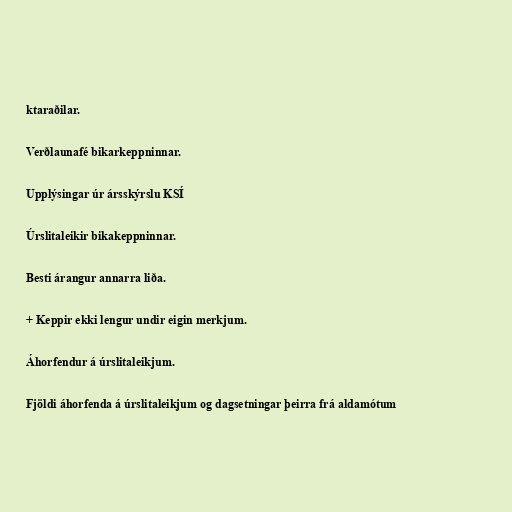
ktaraðilar.

Verðlaunafé bikarkeppninnar.

Upplýsingar úr ársskýrslu KSÍ

Úrslitaleikir bikakeppninnar.

Besti árangur annarra liða.

+ Keppir ekki lengur undir eigin merkjum.

Áhorfendur á úrslitaleikjum.

Fjöldi áhorfenda á úrslitaleikjum og dagsetningar þeirra frá aldamótum